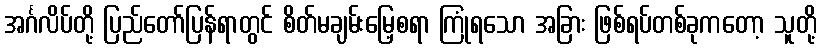
အင်္ဂလိပ်တို့ ပြည်တော်ပြန်ရာတွင် စိတ်မချမ်းမြေ့စရာ ကြုံရသော အခြား ဖြစ်ရပ်တစ်ခုကတော့ သူတို့